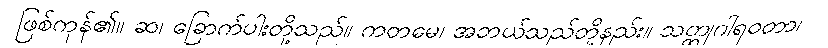
ဖြစ်ကုန်၏။ ဆ၊ ခြောက်ပါးတို့သည်။ ကတမေ၊ အဘယ်သည်တို့နည်း။ သတ္ထုဂါရဝတာ၊